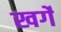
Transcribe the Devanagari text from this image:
खर्गे